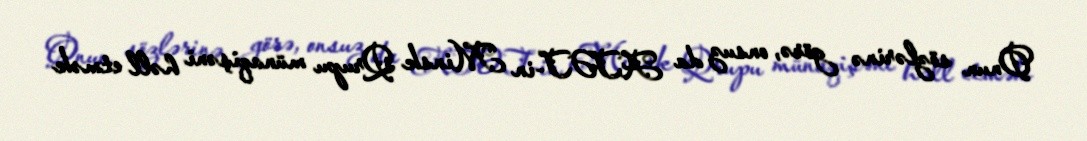
Onun sözlərinə görə, onsuz da ATƏT-in Minsk Qrupu münaqişəni həll etmək